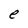
Character: e